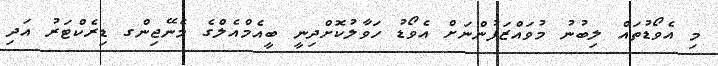
މި އެވޯޑުތައް ލިބުނު މުވައްޒަފުންނަށް އެވޯޑު ހަވާލުކޮށްދިނީ ބީއެމްއެލްގެ މެނޭޖިންގ ޑިރެކްޓަރު އަދި